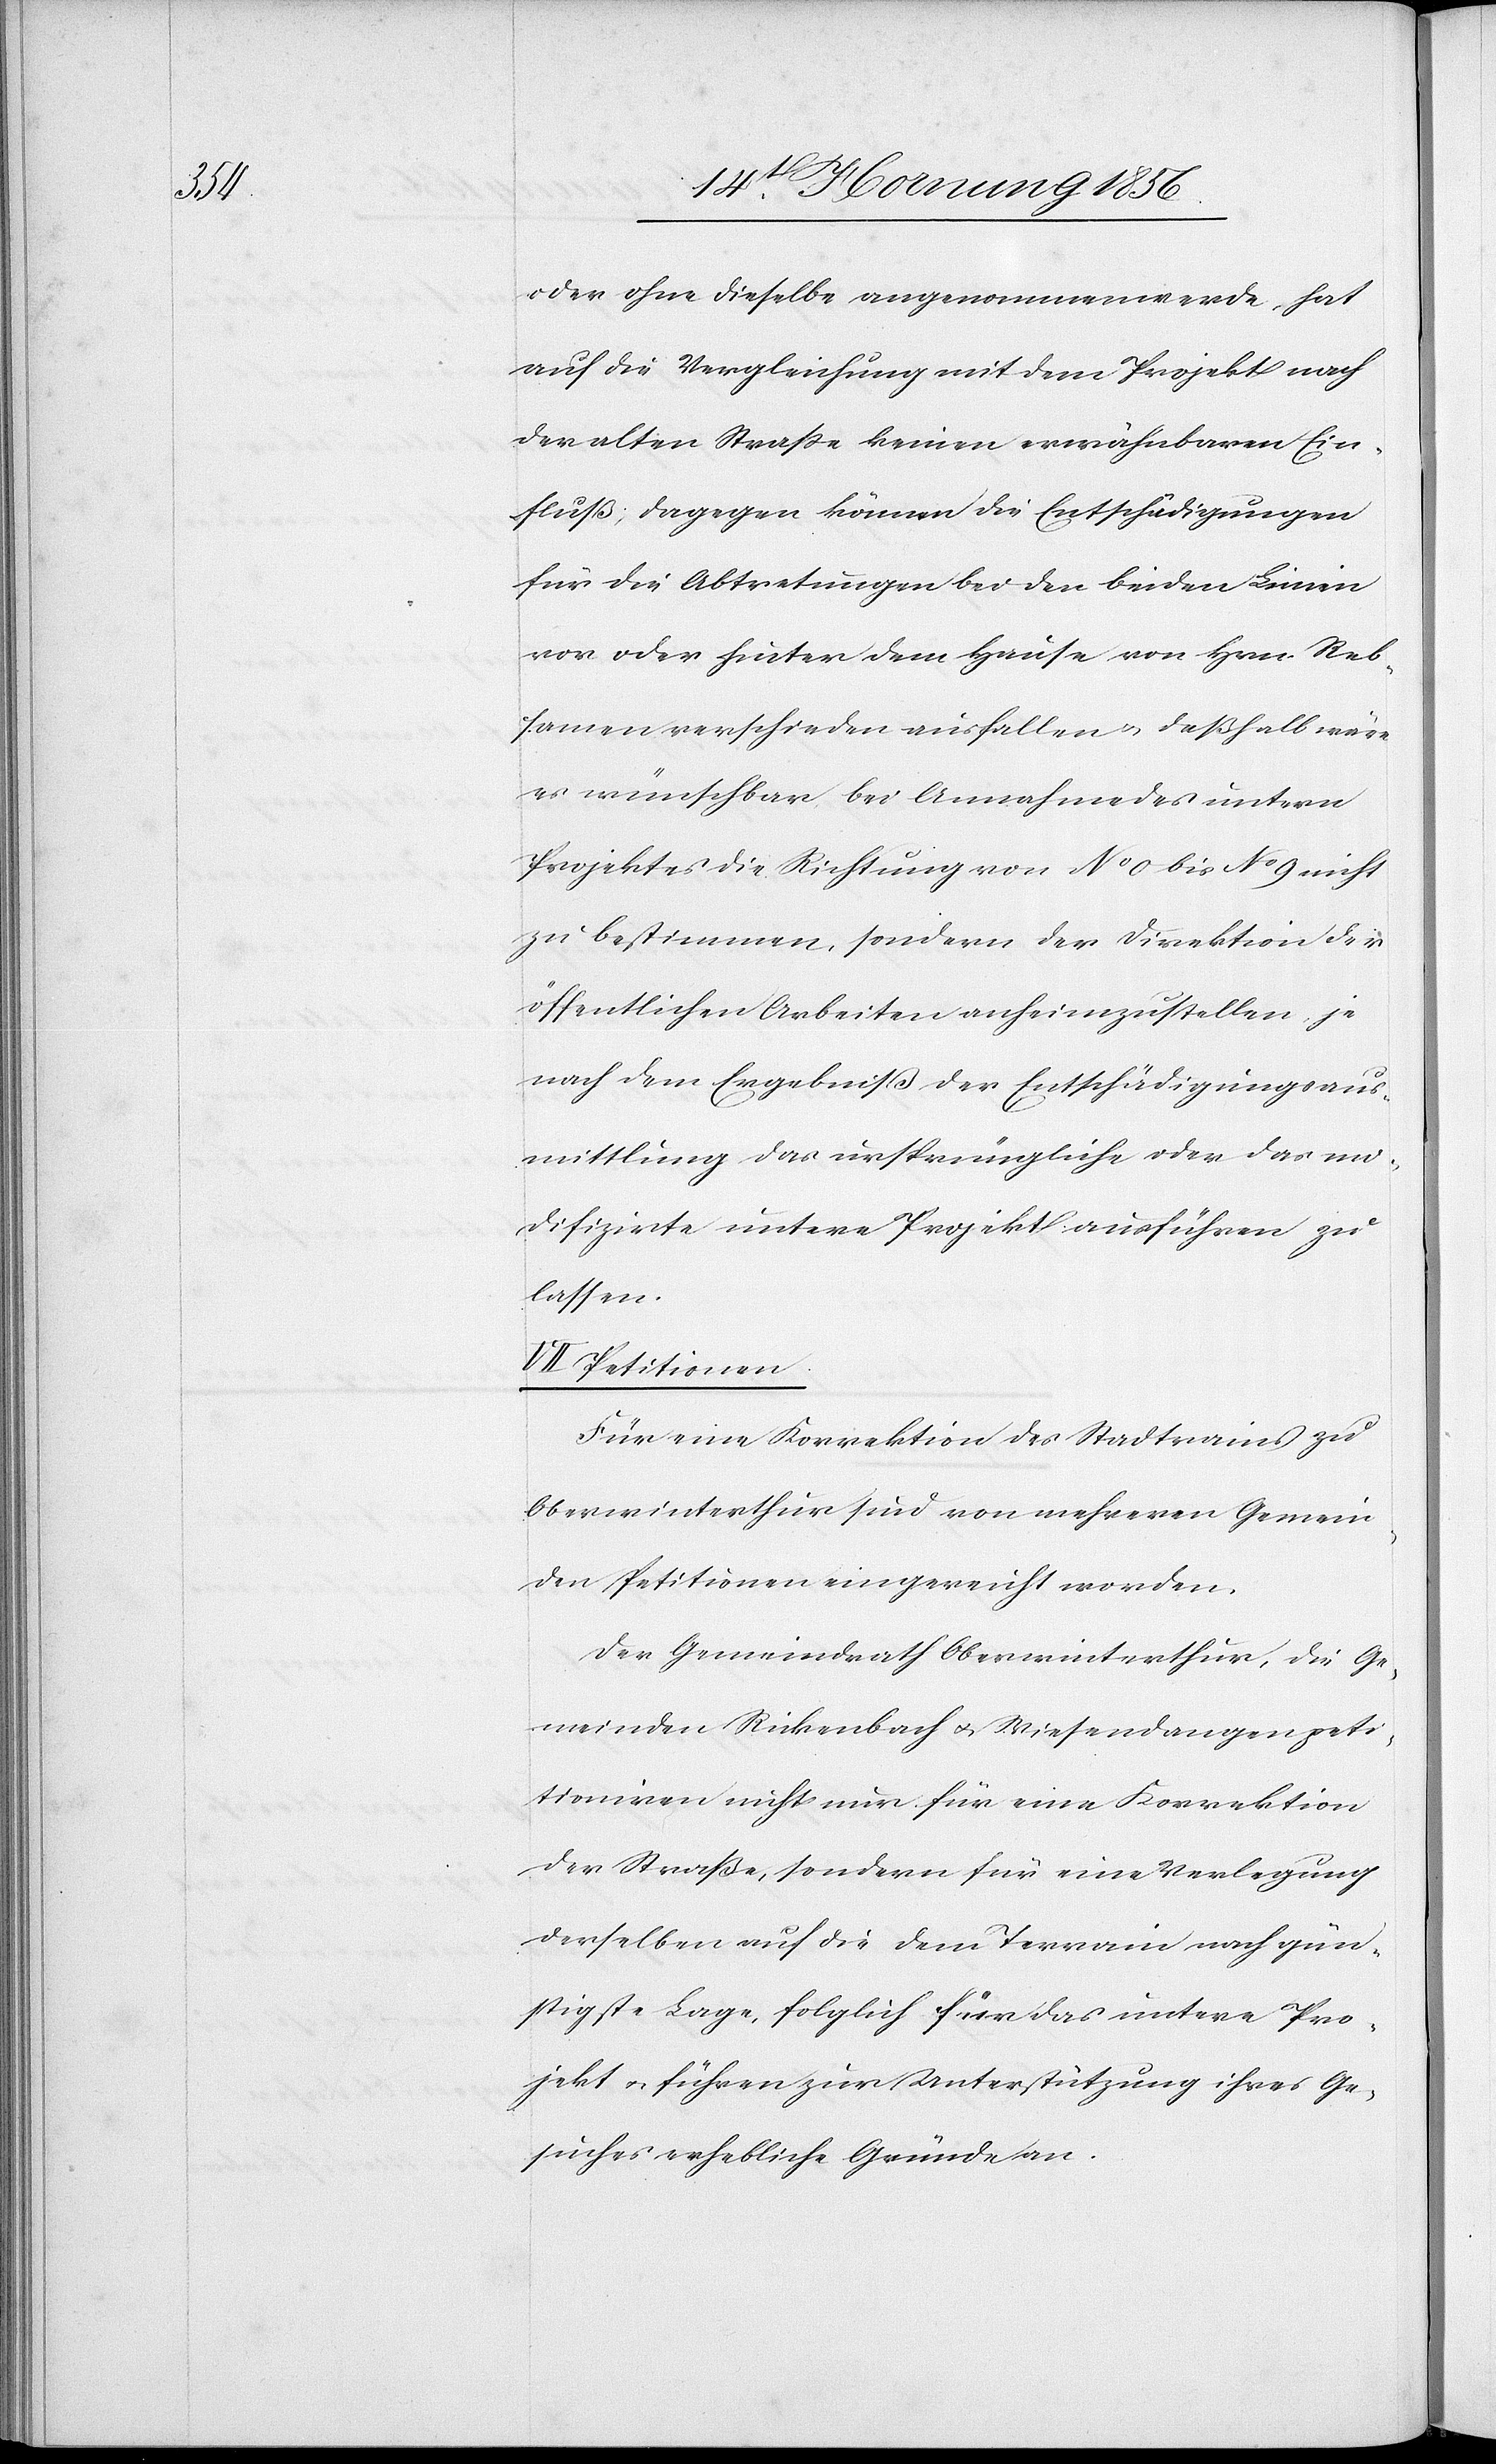
oder ohne dieselbe angenommen werde, hat
auf die Vergleichung mit dem Projekt nach
der alten Straße keinen erwähnbaren Ein¬
fluß; dagegen können die Entschädigungen
für die Abtretungen bei den beiden Linien
vor oder hinter dem Hause von Hrn. Reb¬
samen verschieden ausfallen u. deßhalb wäre
es wünschbar, bei Annahme des untern
Projektes die Richtung von No 0 bis No 9 nicht
zu bestimmen, sondern der Direktion der
öffentlichen Arbeiten anheimzustellen, je
nach dem Ergebniß der Entschädigungsaus¬
mittlung das ursprüngliche oder das mo¬
difizirte untere Projekt ausführen zu
lassen.
VII. Petitionen.
Für eine Korrektion des Stadtrains zu
Oberwinterthur sind von mehreren Gemein¬
den Petitionen eingereicht worden.
Der Gemeindrath Oberwinterthur, die Ge¬
meinden Rickenbach u. Wiesendangen peti¬
tioniren nicht nur für eine Korrektion
der Straße, sondern für eine Verlegung
derselben auf die dem Terrain nach gün¬
stigste Lage, folglich für das untere Pro¬
jekt u. führen zur Unterstützung ihres Ge¬
suches erhebliche Gründe an.